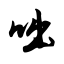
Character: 咄